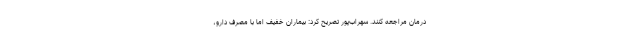
درمان مراجعه کنند. سهراب‌پور تصریح کرد: بیماران خفیف اما با مصرف دارو،